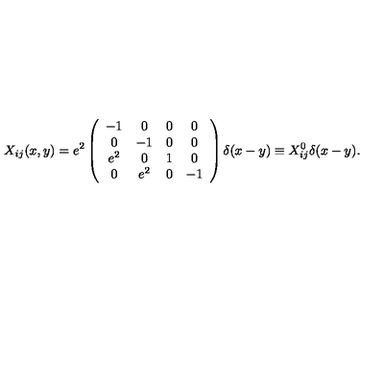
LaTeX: X _ { i j } ( x , y ) = e ^ { 2 } \left( \begin{array} { c c c c } { - 1 } & { 0 } & { 0 } & { 0 } \\ { 0 } & { - 1 } & { 0 } & { 0 } \\ { e ^ { 2 } } & { 0 } & { 1 } & { 0 } \\ { 0 } & { e ^ { 2 } } & { 0 } & { - 1 } \\ \end{array} \right) \delta ( x - y ) \equiv X _ { i j } ^ { 0 } \delta ( x - y ) .